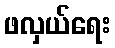
ဖလှယ်ရေး